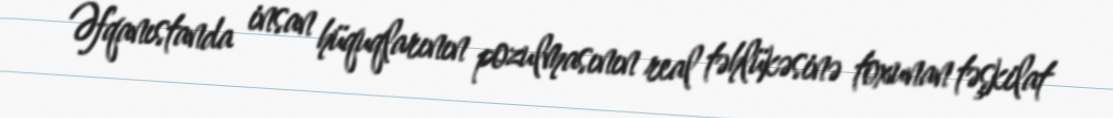
Əfqanıstanda insan hüquqlarının pozulmasının real təhlükəsinə toxunan təşkilat